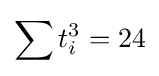
\sum t_{i}^{3}=24